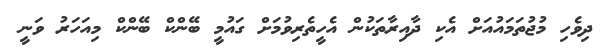
ދިވެހި މުޖުތަމައުއަށް އެކި ދާއިރާތަކުން އެހީތެރިވުމަށް ގައުމީ ބޭންކް ބޭންކް މިއަހަރު ވަނީ